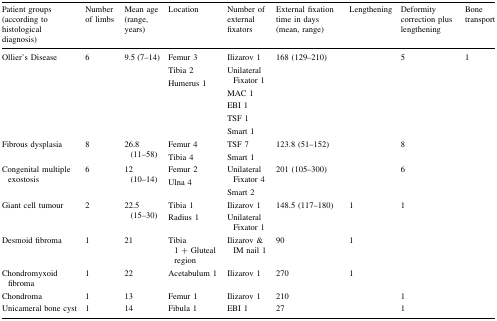
<table><thead><tr><td><b>Patient groups (according to histological diagnosis)</b></td><td><b>Number of limbs</b></td><td><b>Mean age (range, years)</b></td><td><b>Location</b></td><td><b>Number of external fixators</b></td><td><b>External fixation time in days (mean, range)</b></td><td><b>Lengthening</b></td><td><b>Deformity correction plus lengthening</b></td><td><b>Bone transport</b></td></tr></thead><tbody><tr><td>Ollier’s Disease</td><td>6</td><td>9.5 (7–14)</td><td>Femur 3Tibia 2Humerus 1</td><td>Ilizarov 1Unilateral Fixator 1MAC 1EBI 1TSF 1Smart 1</td><td>168 (129–210)</td><td></td><td>5</td><td>1</td></tr><tr><td>Fibrous dysplasia</td><td>8</td><td>26.8 (11–58)</td><td>Femur 4Tibia 4</td><td>TSF 7Smart 1</td><td>123.8 (51–152)</td><td></td><td>8</td><td></td></tr><tr><td>Congenital multiple exostosis</td><td>6</td><td>12 (10–14)</td><td>Femur 2Ulna 4</td><td>Unilateral Fixator 4Smart 2</td><td>201 (105–300)</td><td></td><td>6</td><td></td></tr><tr><td>Giant cell tumour</td><td>2</td><td>22.5 (15–30)</td><td>Tibia 1Radius 1</td><td>Ilizarov 1Unilateral Fixator 1</td><td>148.5 (117–180)</td><td>1</td><td>1</td><td></td></tr><tr><td>Desmoid fibroma</td><td>1</td><td>21</td><td>Tibia 1 + Gluteal region</td><td>Ilizarov &amp; IM nail 1</td><td>90</td><td>1</td><td></td><td></td></tr><tr><td>Chondromyxoid fibroma</td><td>1</td><td>22</td><td>Acetabulum 1</td><td>Ilizarov 1</td><td>270</td><td>1</td><td></td><td></td></tr><tr><td>Chondroma</td><td>1</td><td>13</td><td>Femur 1</td><td>Ilizarov 1</td><td>210</td><td></td><td>1</td><td></td></tr><tr><td>Unicameral bone cyst</td><td>1</td><td>14</td><td>Fibula 1</td><td>EBI 1</td><td>27</td><td></td><td>1</td><td></td></tr></tbody></table>